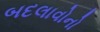
બદલાવોનો